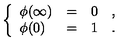
\left\{ \begin{array} { l c l l } { \phi ( \infty ) } & { = } & { 0 } & { , \vspace { 3 m m } } \\ { \phi ( 0 ) } & { = } & { 1 } & { . } \\ \end{array} \right.